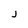
Character: j